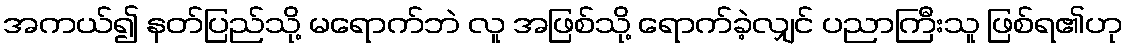
အကယ်၍ နတ်ပြည်သို့ မရောက်ဘဲ လူ အဖြစ်သို့ ရောက်ခဲ့လျှင် ပညာကြီးသူ ဖြစ်ရ၏ဟု